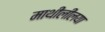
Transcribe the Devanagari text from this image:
माथीलीलया